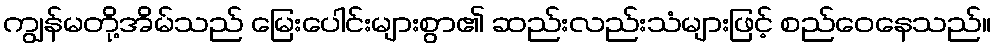
ကျွန်မတို့အိမ်သည် မြေးပေါင်းများစွာ၏ ဆည်းလည်းသံများဖြင့် စည်ဝေနေသည်။